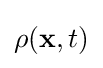
\mathbf {\rho } (\mathbf {x} ,t)\,\!